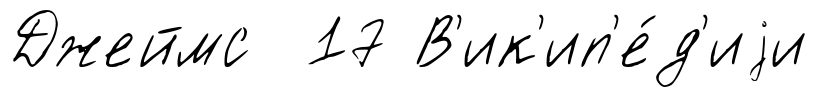
Джеймс 17 В'ик'ип'е́д'иjи